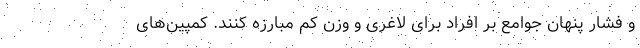
و فشار پنهان جوامع بر افراد برای لاغری و وزن کم مبارزه کنند. کمپین‌های